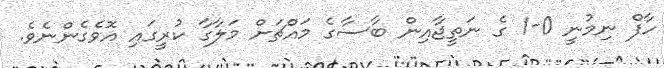
ހާފް ނިމުނީ 0-1 ގެ ނަތީޖާއިން ބާސާގެ މައްޗަށް މަލާގާ ކުރީގައި އޮވެގެންނެވެ.